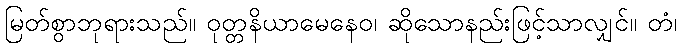
မြတ်စွာဘုရားသည်။ ဝုတ္တနိယာမေနေဝ၊ ဆိုသောနည်းဖြင့်သာလျှင်။ တံ၊